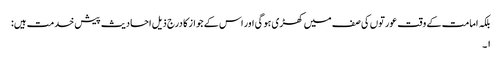
بلکہ امامت کے وقت عورتوں کی صف میں کھڑی ہو گی اور اس کے جواز کا درج ذیل احادیث پیش خدمت ہیں:
۱۔